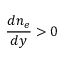
\frac { d n _ { e } } { d y } > 0